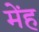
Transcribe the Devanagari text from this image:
मेंह